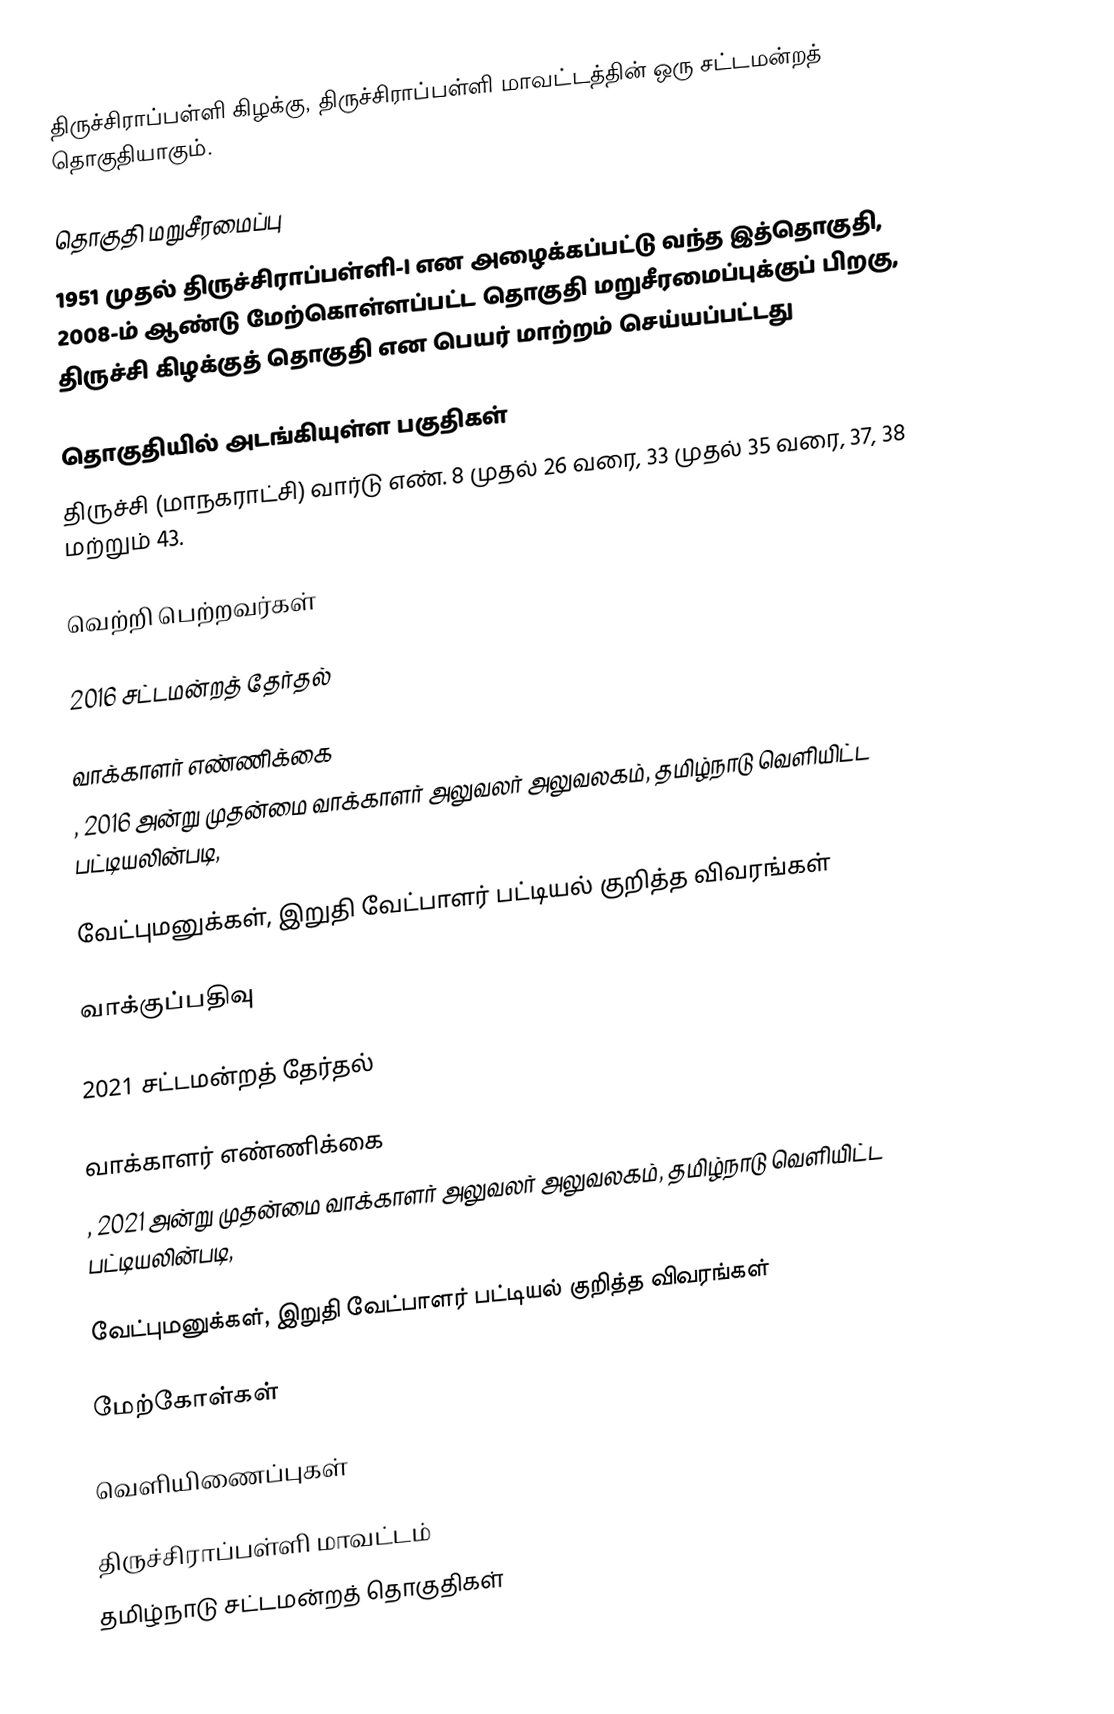
திருச்சிராப்பள்ளி கிழக்கு, திருச்சிராப்பள்ளி மாவட்டத்தின் ஒரு சட்டமன்றத் தொகுதியாகும்.

தொகுதி மறுசீரமைப்பு
1951 முதல் திருச்சிராப்பள்ளி-I  என அழைக்கப்பட்டு வந்த இத்தொகுதி, 2008-ம் ஆண்டு மேற்கொள்ளப்பட்ட தொகுதி மறுசீரமைப்புக்குப் பிறகு, திருச்சி கிழக்குத் தொகுதி என பெயர் மாற்றம் செய்யப்பட்டது

தொகுதியில் அடங்கியுள்ள பகுதிகள்
திருச்சி (மாநகராட்சி) வார்டு எண். 8 முதல் 26 வரை, 33 முதல் 35 வரை, 37, 38 மற்றும் 43.

வெற்றி பெற்றவர்கள்

2016 சட்டமன்றத் தேர்தல்

வாக்காளர் எண்ணிக்கை
, 2016 அன்று முதன்மை வாக்காளர் அலுவலர் அலுவலகம், தமிழ்நாடு வெளியிட்ட பட்டியலின்படி,

வேட்புமனுக்கள், இறுதி வேட்பாளர் பட்டியல் குறித்த விவரங்கள்

வாக்குப்பதிவு

2021 சட்டமன்றத் தேர்தல்

வாக்காளர் எண்ணிக்கை
, 2021 அன்று முதன்மை வாக்காளர் அலுவலர் அலுவலகம், தமிழ்நாடு வெளியிட்ட பட்டியலின்படி,

வேட்புமனுக்கள், இறுதி வேட்பாளர் பட்டியல் குறித்த விவரங்கள்

மேற்கோள்கள்

வெளியிணைப்புகள்

திருச்சிராப்பள்ளி மாவட்டம்
தமிழ்நாடு சட்டமன்றத் தொகுதிகள்